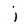
Character: j